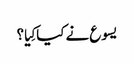
‏ یسوع نے کیا کِیا؟